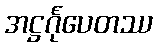
အဋ္ဌင်္ဂုပေတဿ